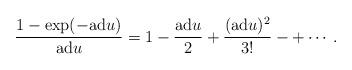
LaTeX: \begin{align*} \frac{1 - \exp(-\mathrm{ad} u)}{\mathrm{ad} u}=1-\frac{\mathrm{ad}u}2+\frac{(\mathrm{ad}u)^2}{3!}-+\cdots.\end{align*}